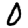
Digit: 0